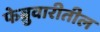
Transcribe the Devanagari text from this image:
फेब्रुवारीतील